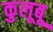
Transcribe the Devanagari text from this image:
कुलूबू